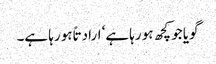
گویا جو کچھ ہو رہا ہے‘ ارادتاً ہو رہا ہے۔